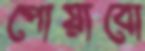
পোয়াবো